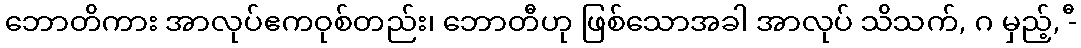
ဘောတိကား အာလုပ်ဧကဝုစ်တည်း၊ ဘောတီဟု ဖြစ်သောအခါ အာလုပ် သိသက်, ဂ မှည့်, -ီ